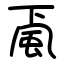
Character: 颪